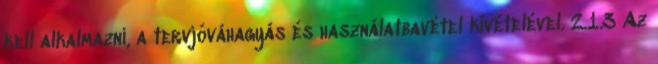
kell alkalmazni, a tervjóváhagyás és használatbavétel kivételével. 2.1.3 Az